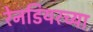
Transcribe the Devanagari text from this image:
रेनडियरच्या